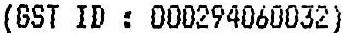
(GST ID : 000294060032)